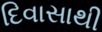
દિવાસાથી